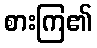
စားကြ၏